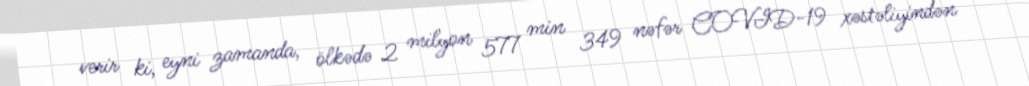
verir ki, eyni zamanda, ölkədə 2 milyon 577 min 349 nəfər COVID-19 xəstəliyindən